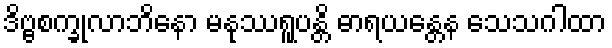
ဒိဗ္ဗစက္ခုလာဘိနော မနုဿရူပန္တိ ဓာရယန္တေန သေသဂါထာ